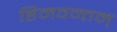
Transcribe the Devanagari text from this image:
हिमवन्तम्